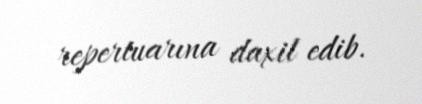
repertuarına daxil edib.